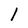
Character: l